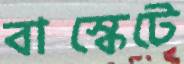
বাস্কেটে